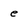
Character: e